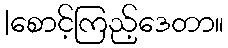
|စောင့်ကြည့်ဒေတာ။